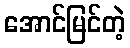
အောင်မြင်တဲ့